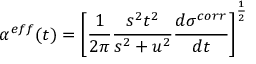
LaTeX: \alpha ^ { e f f } ( t ) = \left[ \frac { 1 } { 2 \pi } \frac { s ^ { 2 } t ^ { 2 } } { s ^ { 2 } + u ^ { 2 } } \frac { d \sigma ^ { c o r r } } { d t } \right] ^ { \frac { 1 } { 2 } }